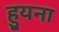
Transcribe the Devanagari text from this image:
हुयना